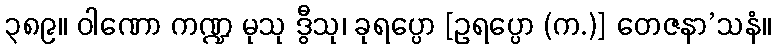
၃၈၉။ ဝါဏော ကဏ္ဍ မုသု ဒွီသု၊ ခုရပ္ပော [ဥရပ္ပော (က.)] တေဇနာ’သနံ။